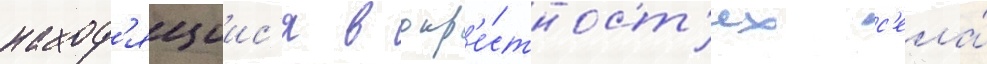
наход'ящиис'я в окр'е́стност'ях с'ела́